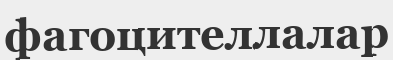
фагоцителлалар